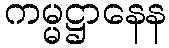
ကမ္မဋ္ဌာနေန